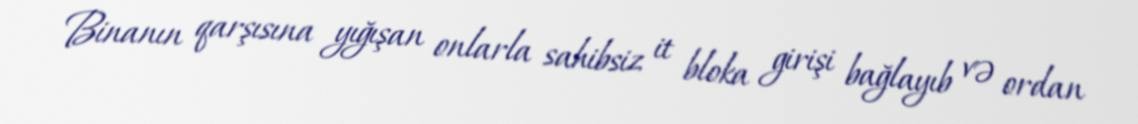
Binanın qarşısına yığışan onlarla sahibsiz it bloka girişi bağlayıb və ordan